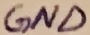
Text: GND